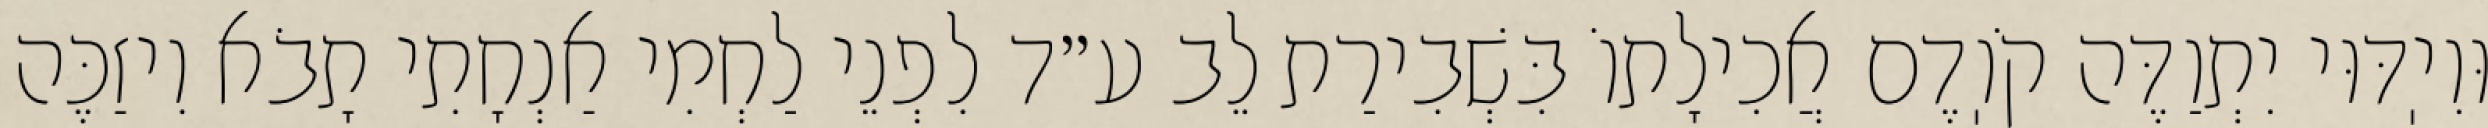
וּוִיֽדּוּי יִתְוַדֶּה קֹוֽדֶם אֲכִילָתוֹ בִּשְׁבִירַת לֵב ע״ד לִפְנֵי לַחְמִי אַנְחָתִי תָבֹא וִיזַכֶּה